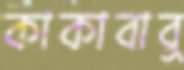
কাকাবাবু